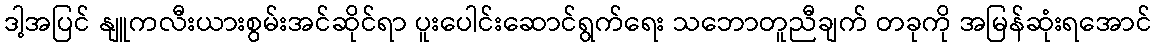
ဒါ့အပြင် နျူကလီးယားစွမ်းအင်ဆိုင်ရာ ပူးပေါင်းဆောင်ရွက်ရေး သဘောတူညီချက် တခုကို အမြန်ဆုံးရအောင်